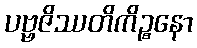
ပဗ္ဗဇိဿတိကိဉ္စနော